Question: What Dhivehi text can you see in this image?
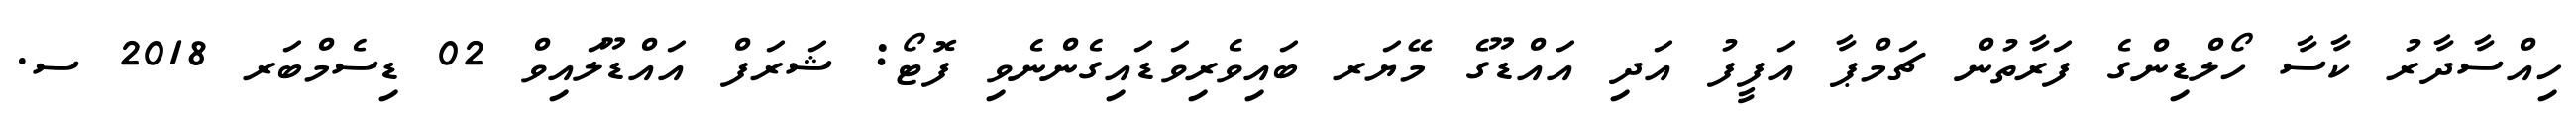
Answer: ހިއްސާދާރު ކާސާ ހޯލްޑިންގެ ފަރާތުން ޗަމްޕާ އަފީފު އަދި އައްޑޫގެ މޭޔަރ ބައިވެރިވަޑައިގެންނެވި ފޮޓޯ: ޝަރަފް އައްޑޫލައިވް 02 ޑިސެމްބަރ 2018 ސ.